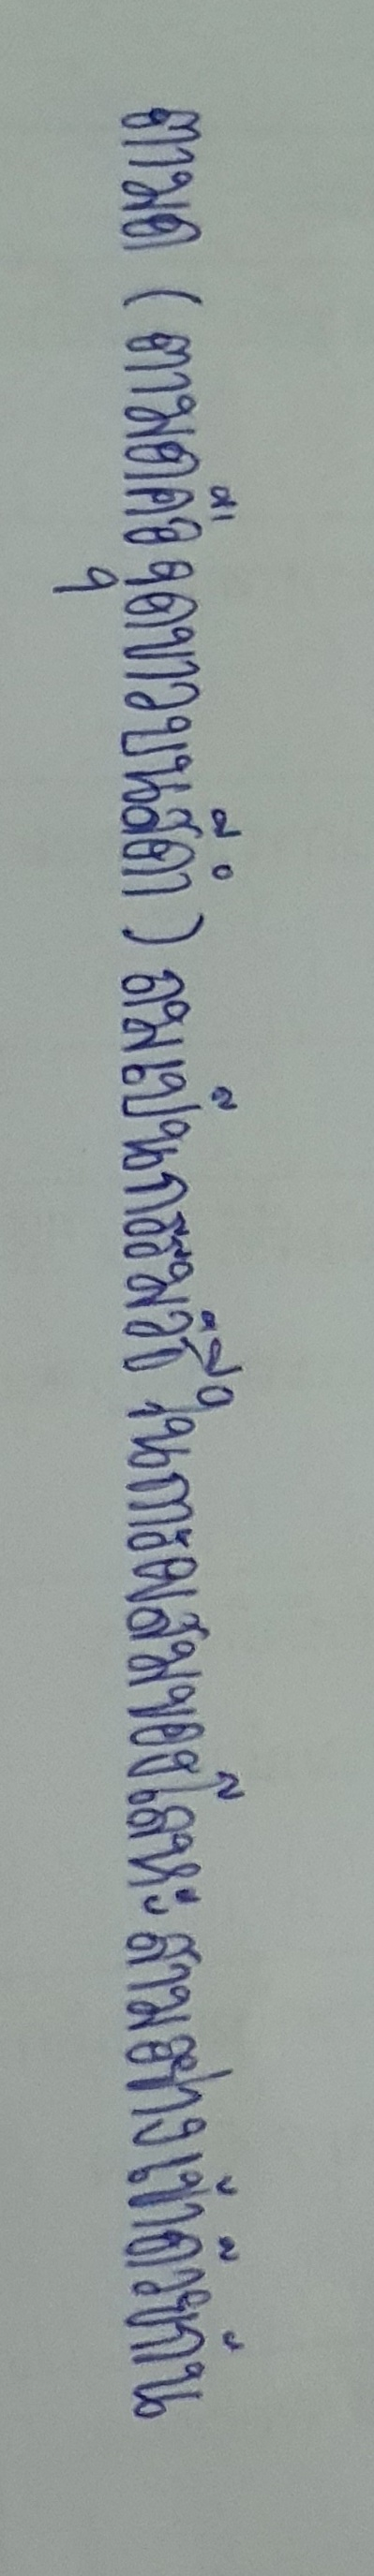
ตามด(ตามดคือจุดขาวบนสีดำ)ถมเป็นกรรมวิธีในการผสมของโลหะสามอย่างเข้าด้วยกัน